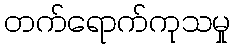
တက်ရောက်ကုသမှု